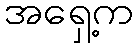
အရှေ့က